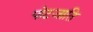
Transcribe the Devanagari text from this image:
पोटजाति